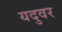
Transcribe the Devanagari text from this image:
यदुवर